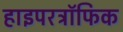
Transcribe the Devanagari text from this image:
हाइपरट्रॉफिक